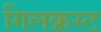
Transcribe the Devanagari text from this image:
गिलक्रस्ट